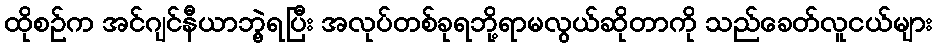
ထိုစဉ်က အင်ဂျင်နီယာဘွဲ့ရပြီး အလုပ်တစ်ခုရဘို့ရာမလွယ်ဆိုတာကို သည်ခေတ်လူငယ်များ